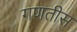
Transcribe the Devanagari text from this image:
गणतीस